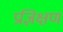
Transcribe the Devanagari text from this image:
प्रज्ञिक्षण